Lunatic asylums United Prov. 1922-30 - 1922-1930
Year: 1922
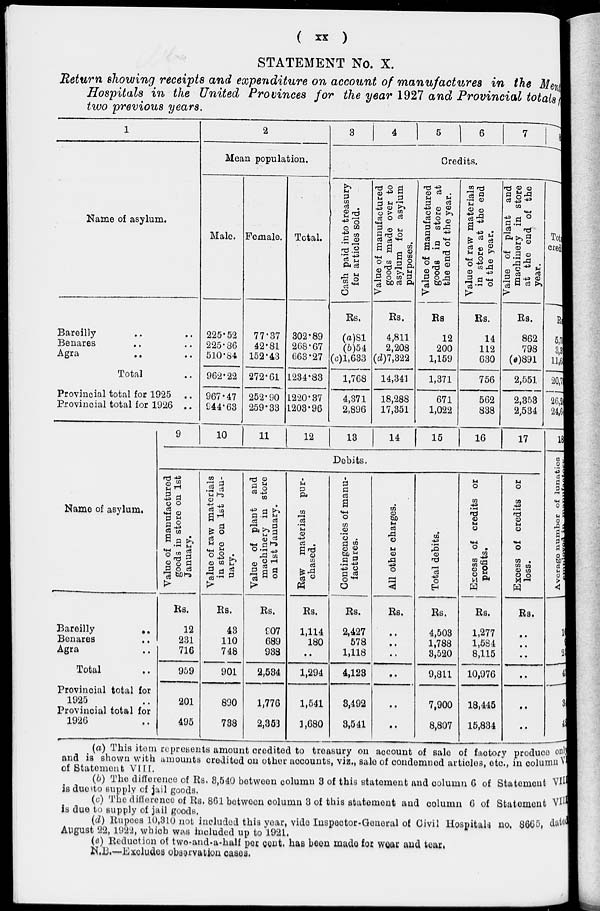
(
xx
)
STATEMENT No. X.
Return showing receipts and expenditure on account of manufactures in the Mental
Hospitals in the United Provinces for the year 1927 and Provincial totals
two previous years.
1
Name of asylum.
Bareilly .. ..
Benares .. ..
Agra .. ..
Total ..
Provincial total for 1925 ..
Provincial total for 1926 ..
2
Mean population.
Male.
225.52
225.86
510.84
962.22
967.47
944.63
Female.
77.37
42.81
152.43
272.61
252.90
259.33
Total.
302.89
268.67
663.27
1234.83
1220.37
1203.96
3
4
5 6
7
8
Credits.
Cash paid into treasury
for articles sold.
Rs.
(a)81
(6)54
(c)1,633
1,768
4,371
2,896
Value of manufactured
goods made over to
asylum for asylum
purposes.
Rs.
4,811
2,208
(d)7,322
14,341
18,288
17,351
Value of manufactured
goods in store at
the end of the year.
Rs.
12
200
1,159
1,371
671
1,022
Value of raw materials
in store at the end
of the year.
Rs.
14
112
630
756
562
838
Value of plant and
machinery in store
at the end of the
year.
Rs.
862
798
(e)891
2,551
2,353
2,534
Total
cre
Rs.
5,7
3,3
11,6
20,3
26,2
24,6
Name of asylum.
Bareilly
..
Benares ..
Agra ..
Total ..
Provincial total for
1925 ..
Provincial total for
1926 ..
9
10
11 12 13 14 15 16 17
Debits.
Value of manufactured
goods in store on 1st
January.
Rs.
12
231
716
959
201
495
Value of raw materials
in store on 1st Jan-
uary.
Rs.
43
110
748
901
890
738
Value of plant and
machinery in store
on 1st January.
Rs.
907
689
938
2,534
1,776
2,353
Raw materials pur-
chased.
Rs.
1,114
180
..
1,294
1,541
3,680
Contingencies of manu-
factures.
Rs.
2,427
578
1,118
4,123
8,492
3,541
All other charges.
Rs.
..
..
..
..
..
..
Total debits.
Rs.
4,503
1,788
3,520
9,811
7,900
8,807
Excess of credits or
profits.
Rs.
1,277
1,584
8,115
10,976
18,445
15,834
Excess of credits or
loss.
Rs.
..
..
..
..
..
..
18
Average number of lunatics
Rs.
1
..
2
4
3
4
(a) This item represents amount credited to treasury on account of sale of factory produce only
and is shown with amounts credited on other accounts, viz., sale of condemned articles, etc., in column V
of Statement VIII.
(b) The difference of Rs. 3,540 between column 3 of this statement and column 6 of Statement VIII
is due to supply of jail goods.
(c) The difference of Rs. 861 between column 3 of this statement and column 6 of Statement VIII
is due to supply of jail goods.
(d) Rupees 10,310 not included this year, vide Inspector-General of Civil Hospitals no. 8665, dated
August 22, 1922, which was included up to 1921.
(e) Reduction of two-and-a-half per cent, has been made, for wear and tear.
N.B.—Excludes observation cases.